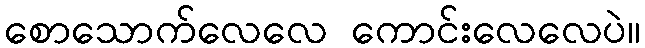
စောသောက်လေလေ ကောင်းလေလေပဲ။